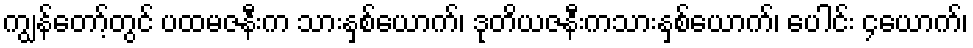
ကျွန်တော့်တွင် ပထမဇနီးက သားနှစ်ယောက်၊ ဒုတိယဇနီးကသားနှစ်ယောက်၊ ပေါင်း ၄ယောက်၊